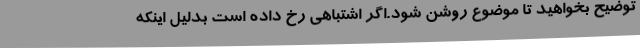
توضیح بخواهید تا موضوع روشن شود.اگر اشتباهی رخ داده است بدلیل اینکه